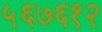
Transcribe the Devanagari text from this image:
५६७६१२